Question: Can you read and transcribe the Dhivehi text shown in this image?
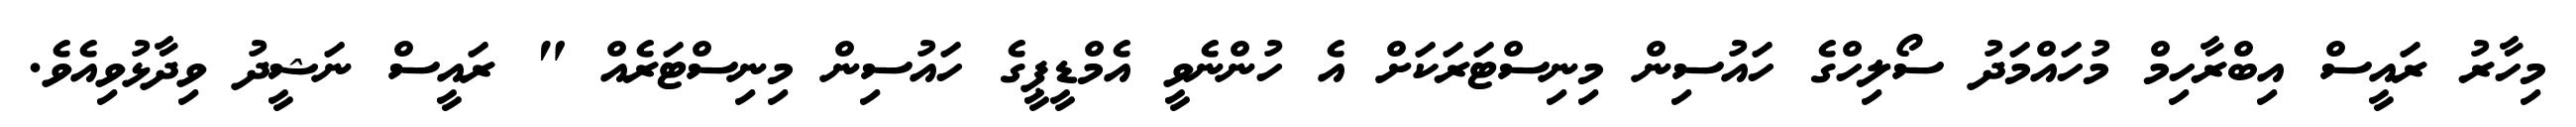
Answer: މިހާރު ރައީސް އިބްރާހިމް މުހައްމަދު ސޯލިހްގެ ހައުސިން މިނިސްޓަރަކަށް އެ ހުންނެވީ އެމްޑީޕީގެ ހައުސިން މިނިސްޓަރެއް " ރައީސް ނަޝީދު ވިދާޅުވިއެވެ.